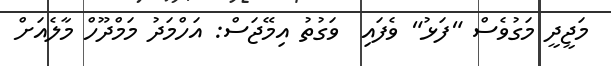
މަޖީދީ މަގުވެސް "ފަޅު" ވެފައި  ވަގުތު އިމޭޖަސް: އަހްމަދު މަމްދޫހް މާލެއަށް